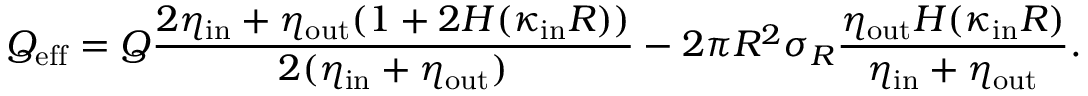
Q _ { \mathrm { e f f } } = Q \frac { 2 \eta _ { \mathrm { i n } } + \eta _ { \mathrm { o u t } } ( 1 + 2 H ( \kappa _ { \mathrm { i n } } R ) ) } { 2 ( \eta _ { \mathrm { i n } } + \eta _ { \mathrm { o u t } } ) } - 2 \pi R ^ { 2 } \sigma _ { R } \frac { \eta _ { \mathrm { o u t } } H ( \kappa _ { \mathrm { i n } } R ) } { \eta _ { \mathrm { i n } } + \eta _ { \mathrm { o u t } } } .